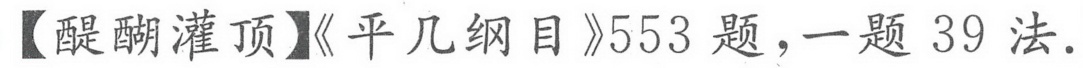
【醍醐灌顶】《平几纲目》553题，一题39法.